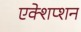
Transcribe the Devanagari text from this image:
एक्शेप्शन